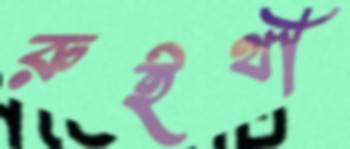
রুইথী